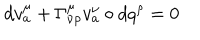
LaTeX: d v _ { a } ^ { \mu } + \Gamma _ { \nu \rho } ^ { \mu } v _ { a } ^ { \nu } \circ d q ^ { \rho } = 0